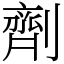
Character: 劑